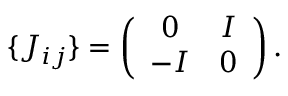
\{ J _ { i j } \} = \left( \begin{array} { c c } { { 0 } } & { { I } } \\ { { - I } } & { { 0 } } \end{array} \right) .